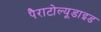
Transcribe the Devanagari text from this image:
पैराटोल्यूडाइड